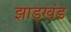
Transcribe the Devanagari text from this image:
झाड़खंड